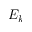
E _ { k }